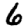
Digit: 6